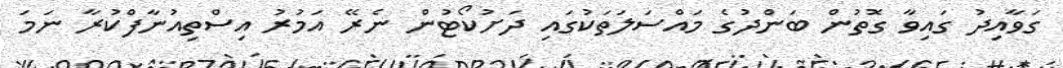
ގަވާއިދު ގައިވާ ގޮތުން ބަންދުގެ މައްސަލަތަކުގައި ދަށުކޯޓުން ނެރޭ އަމުރު އިސްތިއުނާފްކުރާ ނަމަ